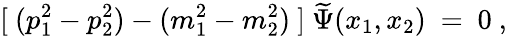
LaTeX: [\ (p_{1}^{2}-p_{2}^{2})-(m_{1}^{2}-m_{2}^{2})\ ]\ \widetilde\Psi(x_{1},x_{2})\ =\ 0\ ,